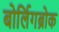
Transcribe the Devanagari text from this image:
बोर्लिगब्रोक